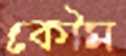
কৌম